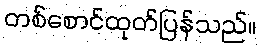
တစ်စောင်ထုတ်ပြန်သည်။